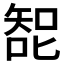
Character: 𰈗